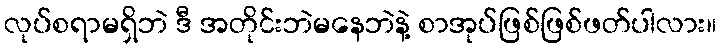
လုပ်စရာမရှိဘဲ ဒီ အတိုင်းဘဲမနေဘဲနဲ့ စာအုပ်ဖြစ်ဖြစ်ဖတ်ပါလား။